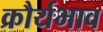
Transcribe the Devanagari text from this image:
क्रौर्यभाव